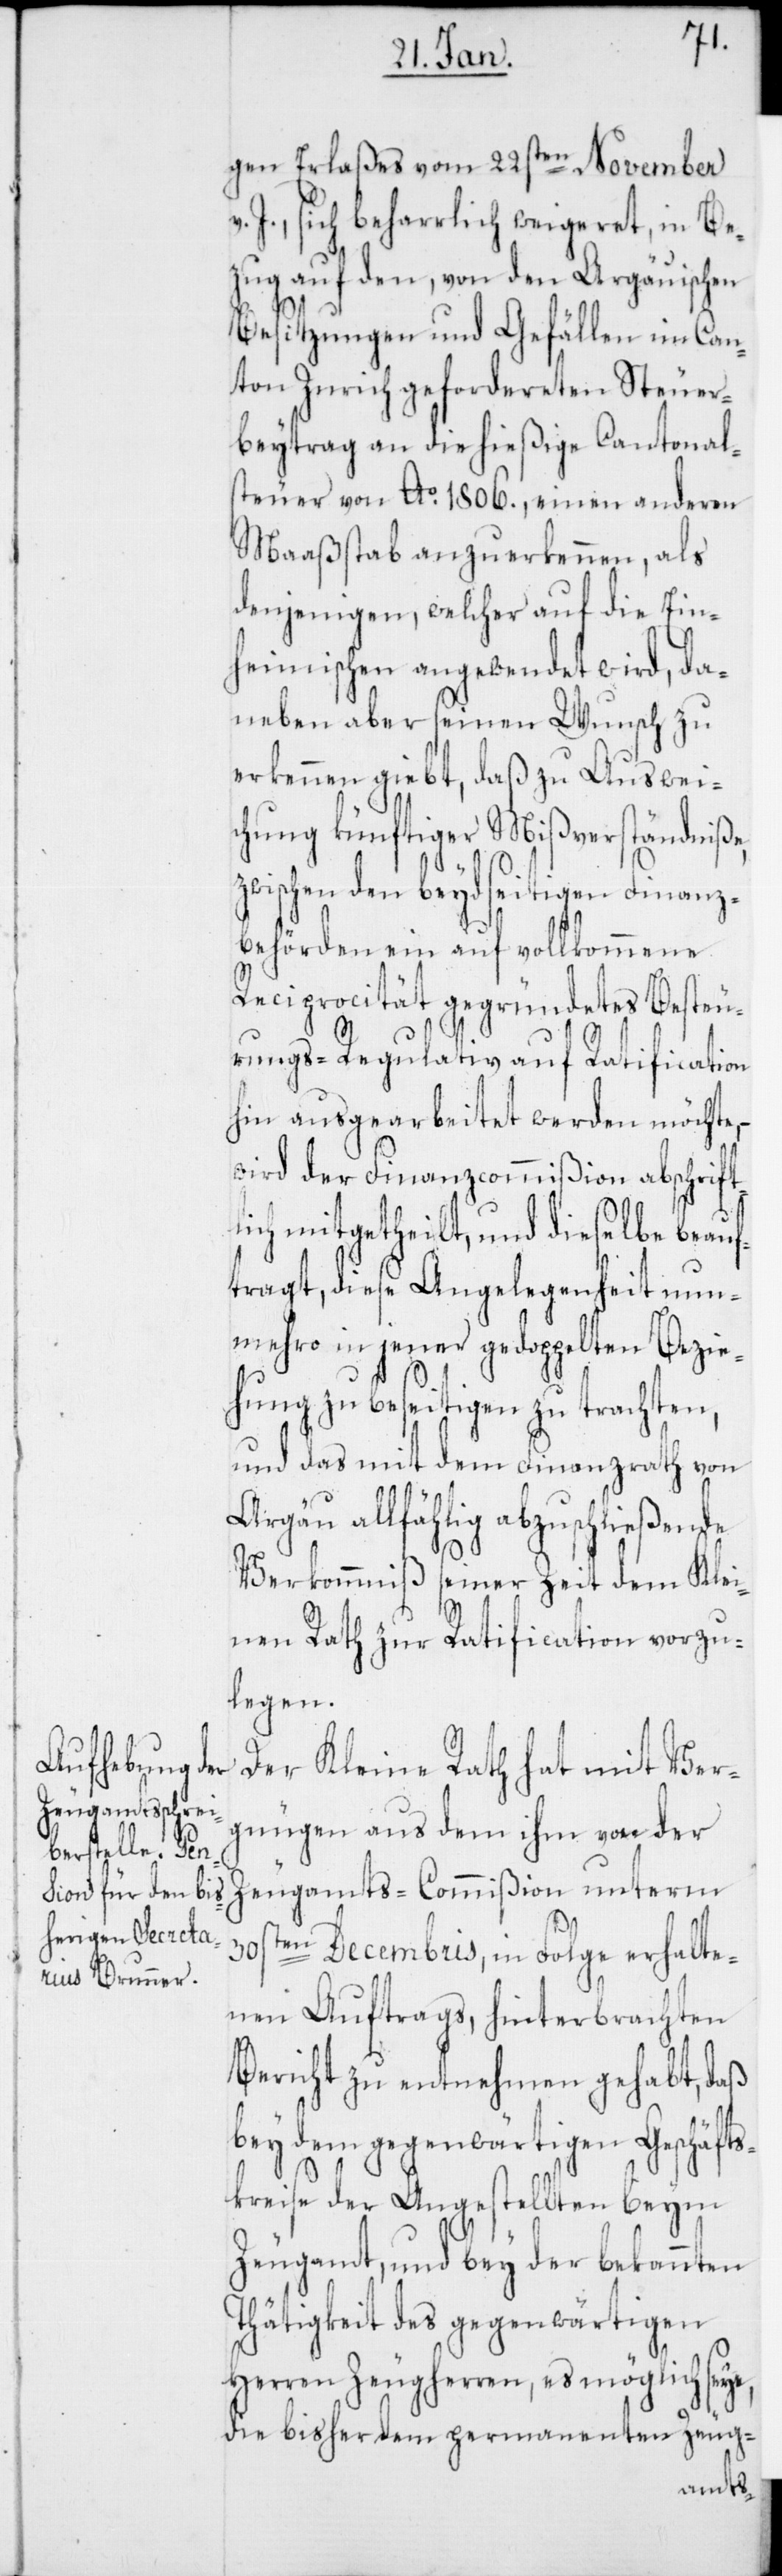
reten Steuer¬

gen Erlaßes vom 22sten November
J., sich beharrlich weigeret, in Be¬
zug auf den, von den Argauischen
Besitzungen und Gefällen im Can¬
beytrag an die hießige Cantonal¬
steuer von Ao 1806., einen anderen
Maaßstab anzuerkennen, als
denjenigen, welcher auf die Ein¬
heimischen angewendet wird, da¬
neben aber seinen Wunsch zu
erkennen giebt, daß zu Auswei¬
chung künftiger Mißverständniße,
zwischen den beydseitigen Finanz¬
behörden ein auf vollkommene
Reciprocität gegründetes Besteu¬
rungs-Regulativ auf Ratification
hin ausgearbeitet werden möchte,
wird der Finanzcommißion abschrift¬
lich mitgetheilt, und dieselbe beauf¬
tragt, diese Angelegenheit nun¬
mehro in jener gedoppelten Bezie¬
hung zu beseitigen zu trachten,
und das mit dem Finanzrath von
Argau allfählig abzuschließende
Verkommnis seiner Zeit dem Klei¬
ton
nen Rath zur Ratification vorzu¬
legen.
Der Kleine Rath hat mit Ver¬
gnügen aus dem ihm von der
Zeugamts-Commißion unterm
30sten Decembris, in Folge erhalte¬
nen Auftrags, hinterbrachten
Bericht zu entnehmen gehabt, daß
bey dem gegenwärtigen Geschäfts¬
kreise der Angestellten beym
Zeugamt, und bey der bekannten
Thätigkeit des gegenwärtigen
Herren Zeugherren, es möglich seye,
die bisher dem permanenten Zeug-
geforde¬